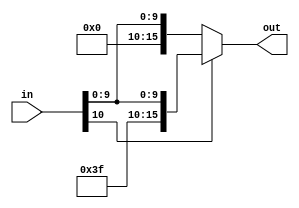
module signXtend100(in,out);
input [10:0] in;
output [15:0] out;

assign out = (in[10]) ? {{5{in[10]}},in[10:0]}: {{5{1'b0}},in[10:0]};


endmodule